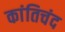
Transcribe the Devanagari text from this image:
कांतिचंद